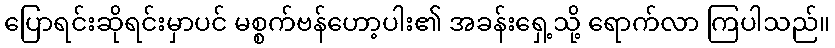
ပြောရင်းဆိုရင်းမှာပင် မစ္စက်ဗန်ဟော့ပါး၏ အခန်းရှေ့သို့ ရောက်လာ ကြပါသည်။